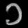
Digit: ၁